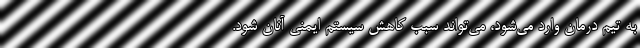
به تیم درمان وارد می‌شود، می‌تواند سبب کاهش سیستم ایمنی آنان شود.